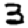
Digit: 3